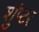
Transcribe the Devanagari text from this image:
शुंप्टर